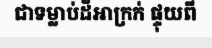
ជាទម្លាប់ដ៏អាក្រក់ ផ្ទុយពី